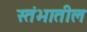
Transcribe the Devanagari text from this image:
स्तंभातील